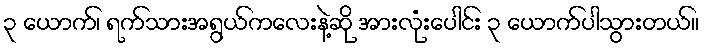
၃ ယောက်၊ ရက်သားအရွယ်ကလေးနဲ့ဆို အားလုံးပေါင်း ၃ ယောက်ပါသွားတယ်။